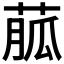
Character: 𦳍